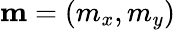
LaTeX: \mathbf{m}=(m_{x},m_{y})